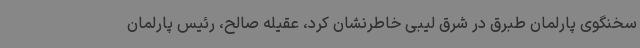
سخنگوی پارلمان طبرق در شرق لیبی خاطرنشان کرد، عقیله صالح، رئیس پارلمان